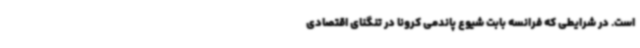
است. در شرایطی که فرانسه بابت شیوع پاندمی کرونا در تنگنای اقتصادی